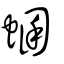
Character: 蜠